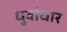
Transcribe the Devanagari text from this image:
धुवांधार